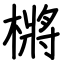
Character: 㯍